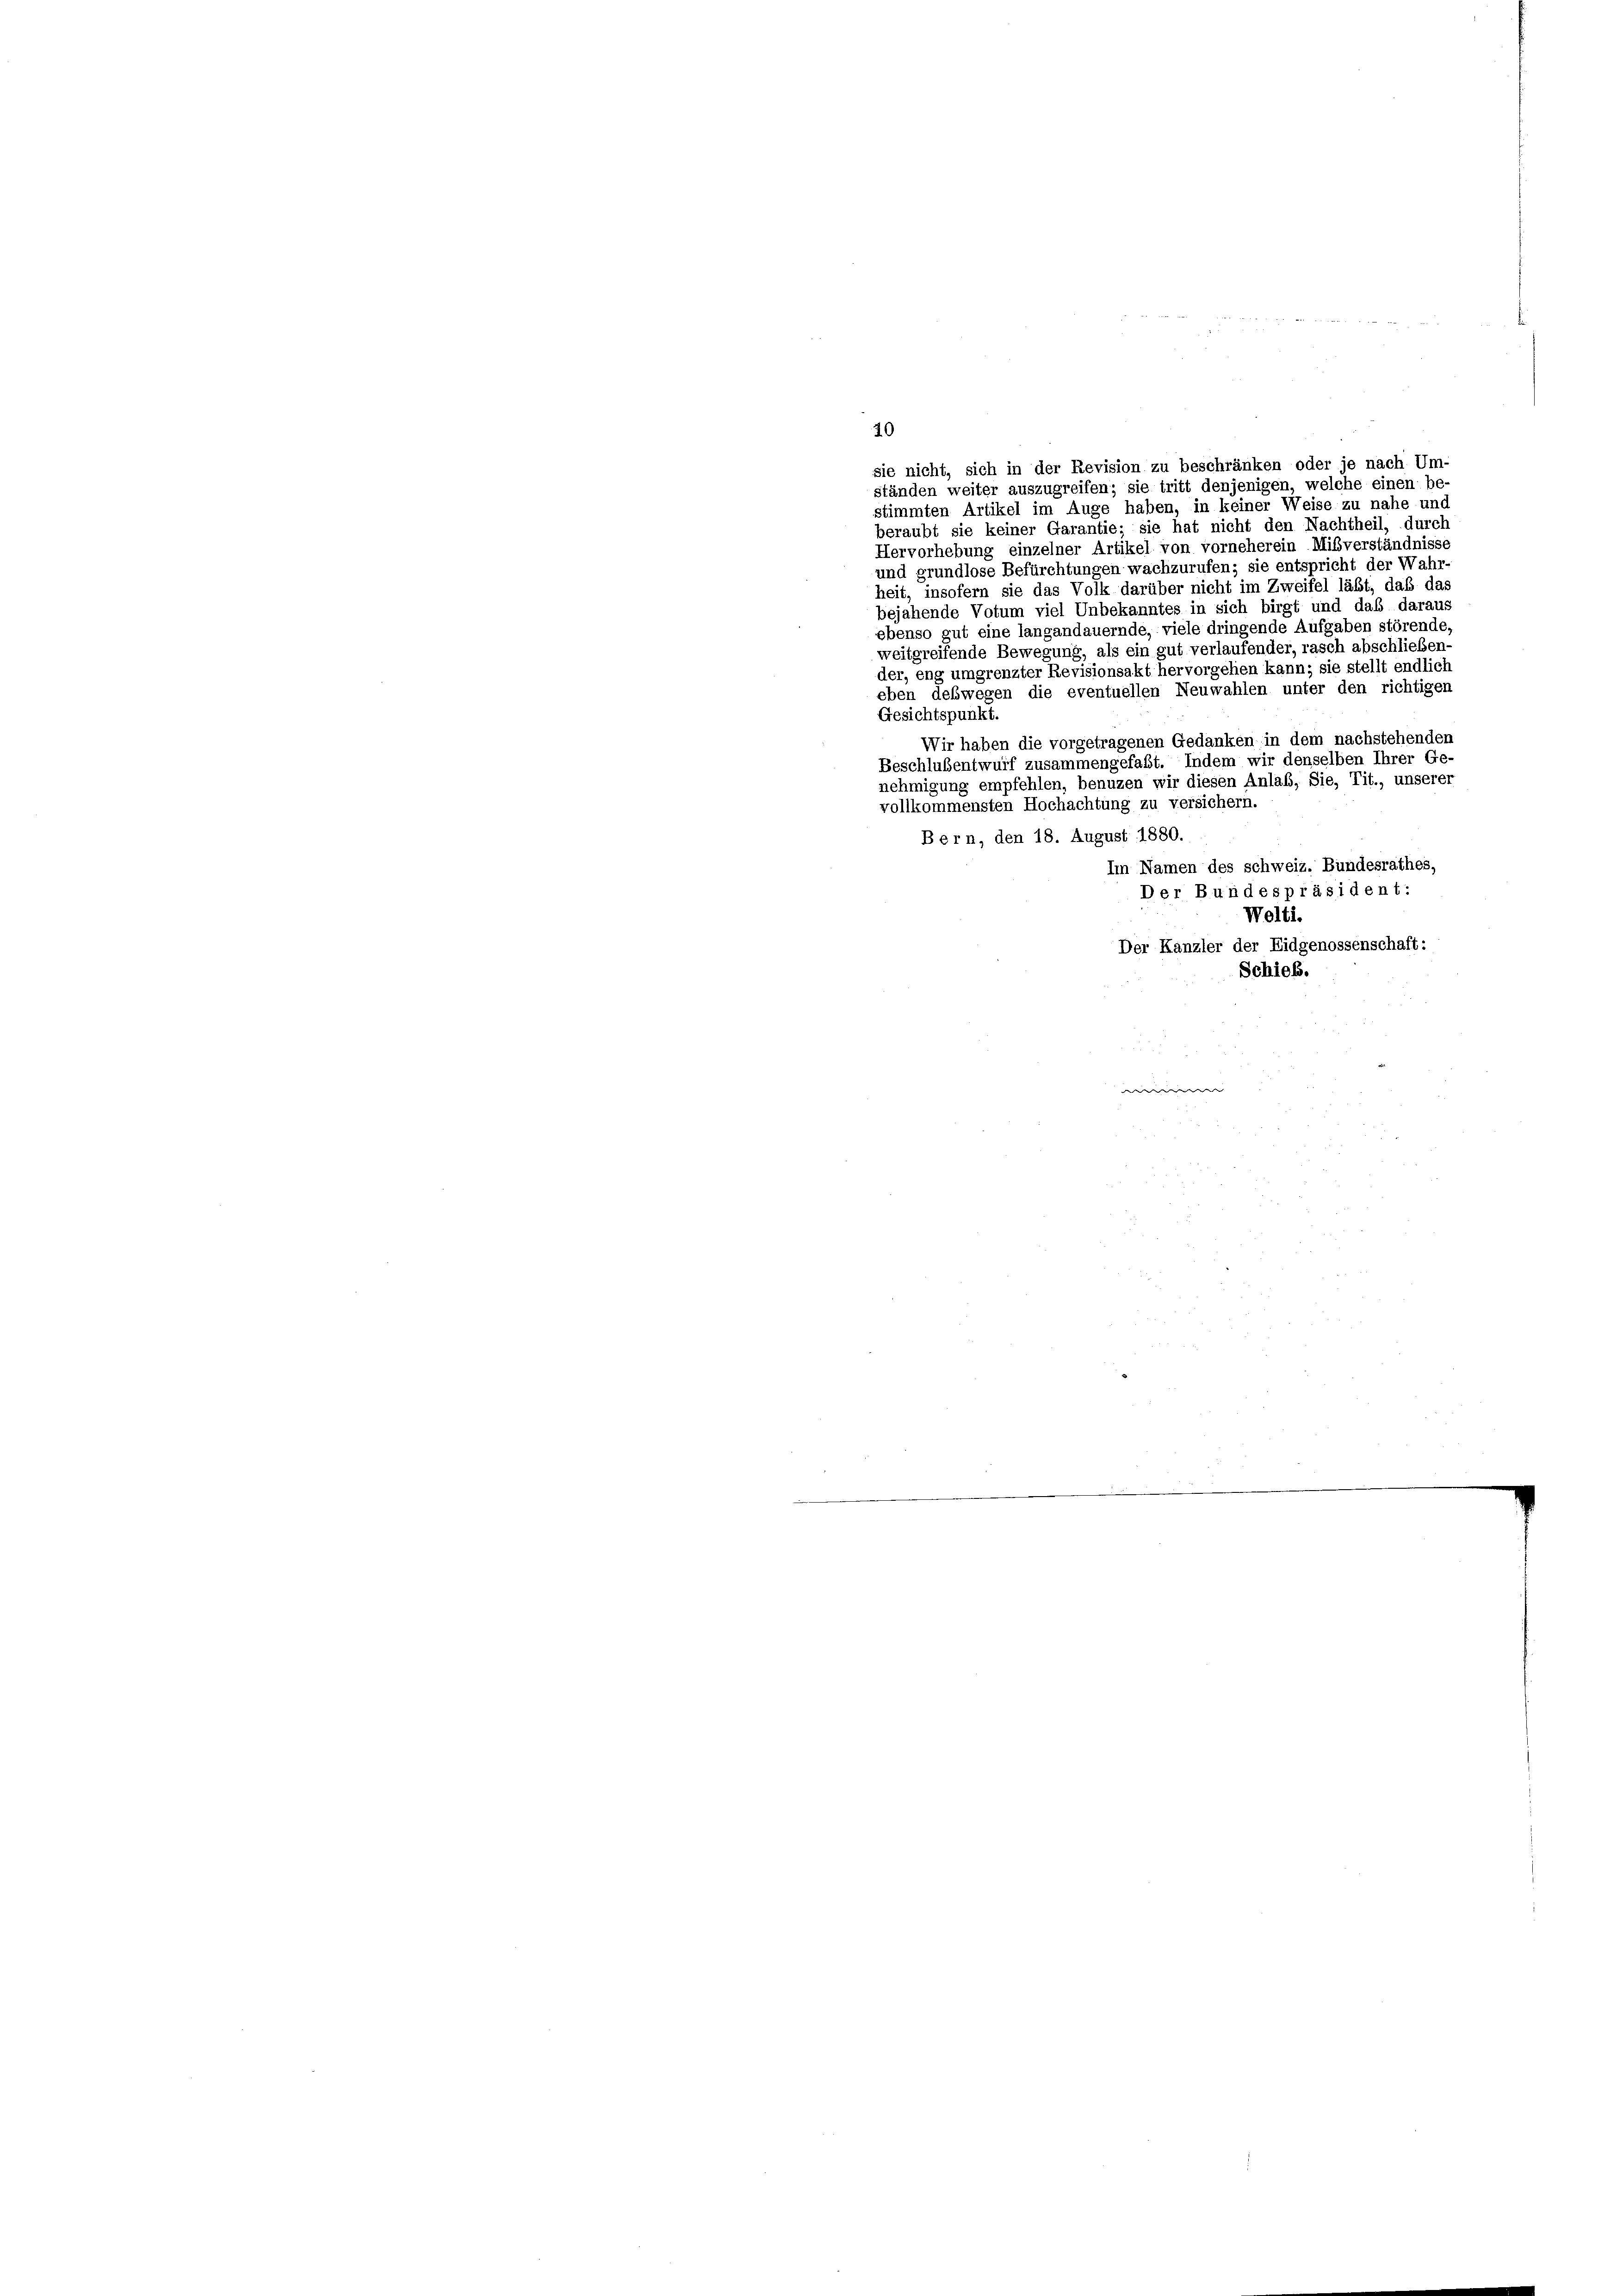
10
sie nicht, sich in der Revision zu beschränken oder je nach Um-
ständen weiter auszugreifen; sie tritt denjenigen, welche einen be-
stimmten Artikel im Auge haben, in keiner Weise zu nahe und
beraubt sie keiner Garantie; sie hat nicht den Nachtheil, durch
Hervorhebung einzelner Artikel von vorneherein Mißverständniss,
und grundlose Befürchtungen wachzurufen; sie entspricht der Wahr
heit, insofern sie das Volk darüber nicht im Zweifel läßt, daß das
bejahende Votum viel Unbekanntes in sich birgt und daß daraus
ebenso gut eine langandauernde, viele dringende Aufgaben störende
weitgreifende Bewegung, als ein gut verlaufender, rasch abschließen-
der, eng umgrenzter Revisionsakt hervorgehen kann; sie stellt endlich
eben deswegen die eventuellen Neuwahlen unter den richtigen
Gesichtspunkt.
Wir haben die vorgetragenen Gedanken, in dem nachstehenden
Beschlubentwurf zusammengefaßt. Indem wir denselben Ihrer Ge-
nehmigung empfehlen, benuzen wir diesen Anlaß, Sie, Tit., unserer
vollkommensten Hochachtung zu versichern.
Bern, den 18. August 1880.
Im Namen des schweiz. Bundesrathes,
Der Bundespräsident:
Welti.
Der Kanzler der Eidgenossenschaft:
Schieb.
we